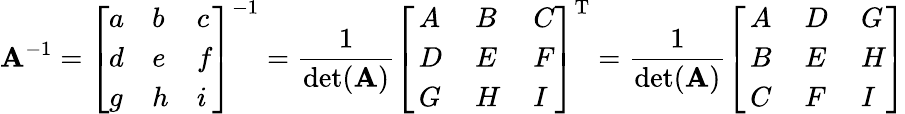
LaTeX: \mathbf{A}^{-1}={\left[\begin{array}{lll}{a}&{b}&{c}\\ {d}&{e}&{f}\\ {g}&{h}&{i}\end{array}\right]}^{-1}={\frac{1}{\operatorname*{det}(\mathbf{A})}}{\left[\begin{array}{lll}{\, A}&{\, B}&{\, C}\\ {\, D}&{\, E}&{\, F}\\ {\, G}&{\, H}&{\, I}\end{array}\right]}^{\mathrm{T}}={\frac{1}{\operatorname*{det}(\mathbf{A})}}{\left[\begin{array}{lll}{\, A}&{\, D}&{\, G}\\ {\, B}&{\, E}&{\, H}\\ {\, C}&{\, F}&{\, I}\end{array}\right]}